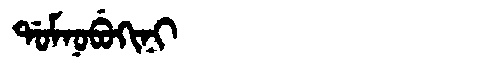
Manchu: ᡩᠣᠮᠨᠣᠪᡠᡴᡳᠨᡳ
Romanization: DOMNOBUKINI